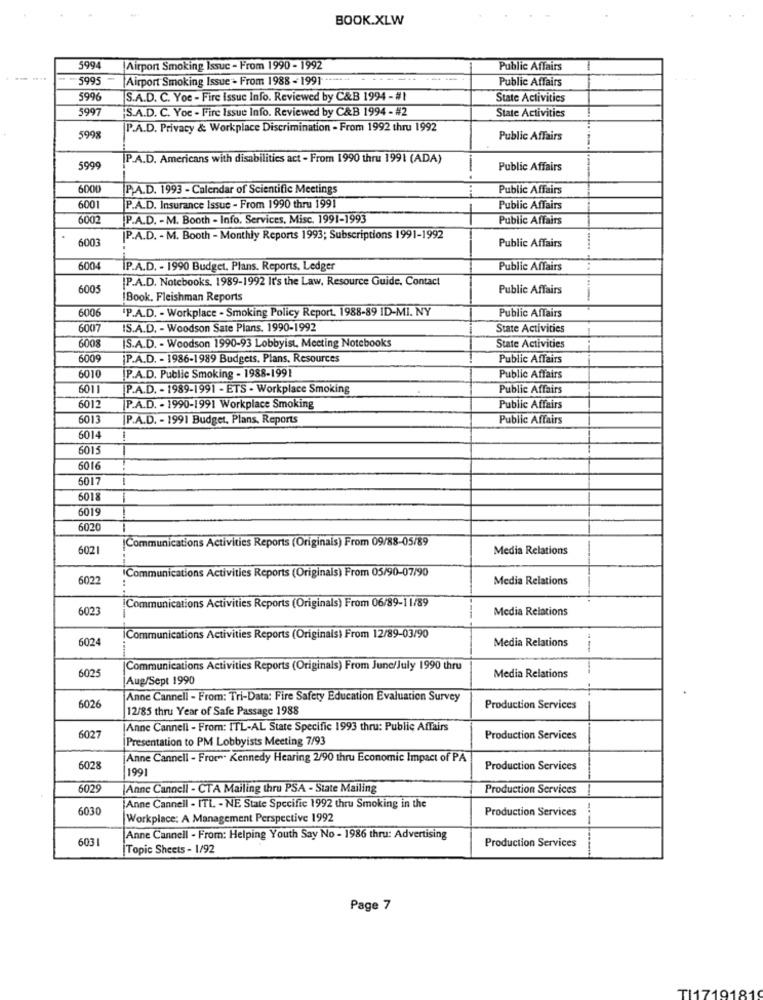
BOOK.XLW
5994
Airport Smoking Issuc - From 1990 - 1992
Public Affairs
5995
Airport Smoking Issue - From 1988 - 1991 ..... ..
-------
Public Affairs
5996
S.A.D. C. Yoe - Fire Issue Info. Reviewed by C&B 1994 -#1
State Activities
5997
S.A.D. C. Yoe - Fire Issue Info. Reviewed by C&B 1994 - #2
State Activities
P.A.D. Privacy & Workplace Discrimination - From 1992 thru 1992
5998
Public Affairs
P.A.D. Americans with disabilities act - From 1990 thru 1991 (ADA)
5999
Public Affairs
6000
P.A.D. 1993 - Calendar of Scientific Meetings
Public Affairs
6001
P.A.D. Insurance Issue - From 1990 thru 1991
Public Affairs
6002
P.A.D. - M. Booth - Info, Services, Misc. 1991-1993
Public Affairs
6003
[P.A.D. - M. Booth - Monthly Reports 1993; Subscriptions 1991-1992
Public Affairs
6004
IP.A.D. - 1990 Budget, Plans. Reports, Ledger
Public Affairs
[P.A.D. Notebooks. 1989-1992 It's the Law, Resource Guide, Contact
6005
Public Affairs
Book. Fleishman Reports
6006
"P.A.D. - Workplace - Smoking Policy Report. 1988-89 ID-MI. NY
Public Affairs
6007
S.A.D. - Woodson Sate Plans. 1990-1992
State Activities
6008
IS.A.D. - Woodson 1990-93 Lobbyist. Meeting Notebooks
State Activities
6009
|P.A.D. - 1986-1989 Budgets, Plans, Resources
Public Affairs
6010
P.A.D. Public Smoking - 1988-1991
Public Affairs
5011
P.A.D. - 1989-1991 - ETS - Workplace Smoking
Public Affairs
6012
P.A.D. - 1990-1991 Workplace Smoking
Public Affairs
6013
P.A.D. - 1991 Budget, Plans, Reports
Public Affairs
6014
1
6015
5016
6017
6018
6019
6020
Communications Activities Reports (Originais) From 09/88-05/89
6021
Media Relations
-
6022
Communications Activities Reports (Originais) From 05/90-07/90
Media Relations
6023
Communications Activities Reports (Originals) From 06/89-11/89
Media Relations
6024
Communications Activities Reports (Originais) From 12/89-03/90
Media Relations
6025
Communications Activities Reports (Originals) From June/July 1990 thru
Media Relations
-----
Aug/Sept 1990
Anne Cannell - From: Tri-Data: Fire Safety Education Evaluation Survey
6026
12/85 thru Year of Safe Passage 1988
Production Services
Anne Cannell - From: ITL-AL State Specific 1993 thru: Public Affairs
6027
Presentation to PM Lobbyists Meeting 7/93
Production Services
Anne Cannell - From. Kennedy Hearing 2/90 thru Economic Impact of PA
6028
1991
Production Services
6029
Anne Cannell - CTA Mailing thru PSA - State Mailing
Production Services
6030
Anne Cannell - ITL. - NE State Specific 1992 thru Smoking in the
Production Services
Workplace: A Management Perspective 1992
6031
Anne Cannell . From: Helping Youth Say No - 1986 thru: Advertising
Topic Sheets - 1/92
Production Services
Page 7
TI1719181